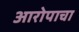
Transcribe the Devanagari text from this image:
आरोपाचा